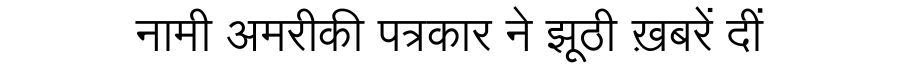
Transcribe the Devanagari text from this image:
नामी अमरीकी पत्रकार ने झूठी ख़बरें दीं